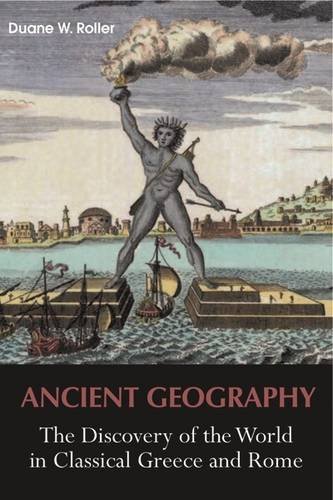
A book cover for Ancient Geography: The Discovery of the World in Classical Greece and Rome (Library of Classical Studies); Duane W. Roller; Science & Math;